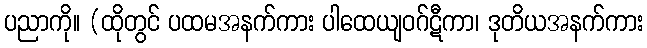
ပညာကို။ (ထိုတွင် ပထမအနက်ကား ပါထေယျဝဂ်ဋီကာ၊ ဒုတိယအနက်ကား